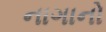
નાગાનો